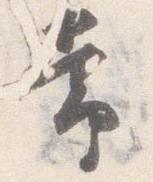
常